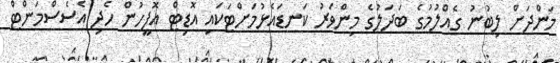
މަންދަށް ލިބުނު ގެއްލުމުގެ ބަދަލުގެ މިންވަރު ކަނޑައެޅުމަށްޓަކައި އޮޑިޓް އޮފީހުން ހެދި އެސެސްމަންޓް